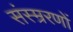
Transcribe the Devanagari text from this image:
संस्म्ररणों